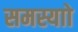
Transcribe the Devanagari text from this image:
समस्याो